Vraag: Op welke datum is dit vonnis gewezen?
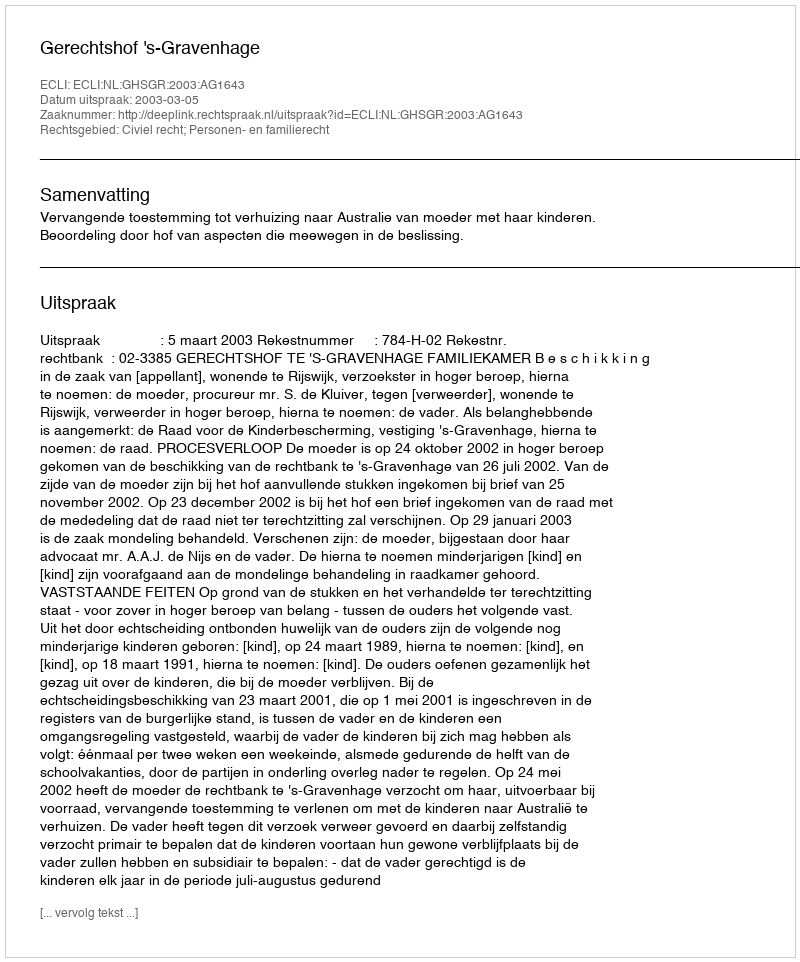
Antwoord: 2003-03-05